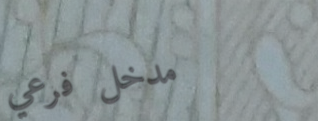
مدخل فرعي